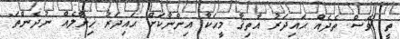
ތީ ވެސް ތެދެއް ޙައިދަރު އާތިޤާ މީހަކާ އިންނާކަށް ޙައިދަރު ޚިޔާލެއް ނުދެންތަ"